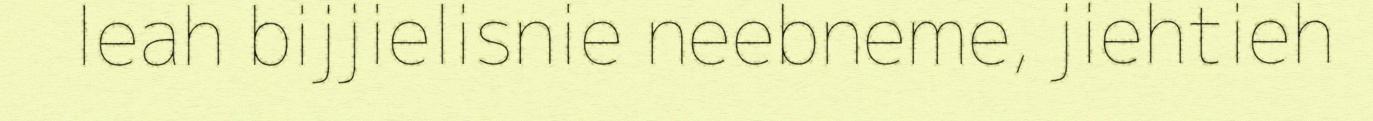
leah bijjielisnie neebneme, jiehtieh